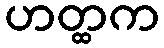
ဟတ္ထက